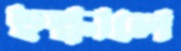
ছল্‌কালে